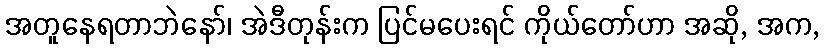
အတူနေရတာဘဲနော်၊ အဲဒီတုန်းက ပြင်မပေးရင် ကိုယ်တော်ဟာ အဆို, အက,